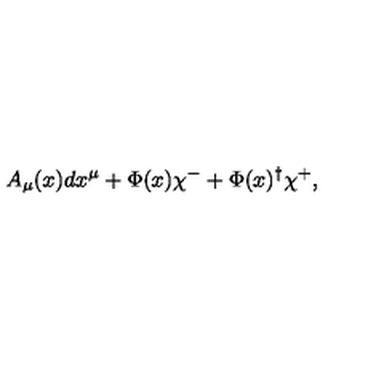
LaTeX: A _ { \mu } ( x ) d x ^ { \mu } + \Phi ( x ) \chi ^ { - } + \Phi ( x ) ^ { \dagger } \chi ^ { + } ,